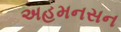
અહમનસન